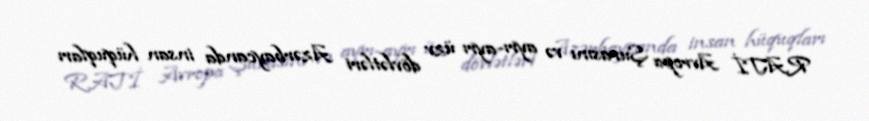
RATİ Avropa Şurasını və ayrı-ayrı üzv dövlətləri Azərbaycanda insan hüquqları